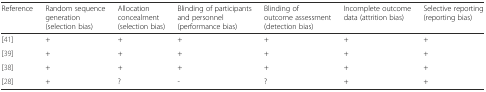
<table><thead><tr><td><b>Reference</b></td><td><b>Random sequence generation (selection bias)</b></td><td><b>Allocation concealment (selection bias)</b></td><td><b>Blinding of participants and personnel (performance bias)</b></td><td><b>Blinding of outcome assessment (detection bias)</b></td><td><b>Incomplete outcome data (attrition bias)</b></td><td><b>Selective reporting (reporting bias)</b></td></tr></thead><tbody><tr><td>[41]</td><td>+</td><td>+</td><td>+</td><td>+</td><td>+</td><td>+</td></tr><tr><td>[39]</td><td>+</td><td>+</td><td>+</td><td>+</td><td>+</td><td>+</td></tr><tr><td>[38]</td><td>+</td><td>+</td><td>+</td><td>+</td><td>+</td><td>+</td></tr><tr><td>[28]</td><td>+</td><td>?</td><td>-</td><td>?</td><td>+</td><td>+</td></tr></tbody></table>